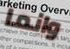
وانما